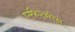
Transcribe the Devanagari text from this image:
एम्फ़ैटमीन